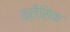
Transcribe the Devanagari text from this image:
क्लैसिक